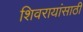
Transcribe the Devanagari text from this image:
शिवरायांसाठी